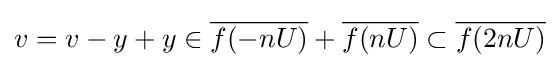
v=v-y+y\in {\overline {f(-nU)}}+{\overline {f(nU)}}\subset {\overline {f(2nU)}}